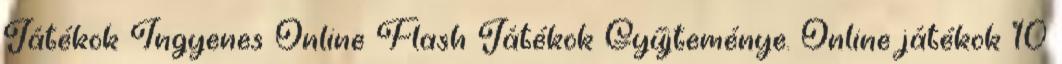
Játékok Ingyenes Online Flash Játékok Gyűjteménye. Online játékok 10